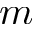
\textmu m